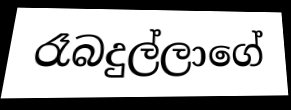
රෑබදුල්ලාගේ